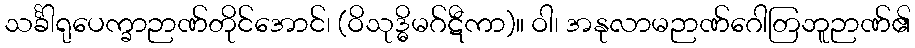
သင်္ခါရုပေက္ခာဉာဏ်တိုင်အောင်၊ (ဝိသုဒ္ဓိမဂ်ဋီကာ)။ ဝါ၊ အနုလာမဉာဏ်ဂေါတြဘူဉာဏ်၏